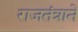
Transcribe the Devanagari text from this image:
राजतंत्राने